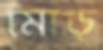
মোড়